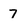
Character: 7